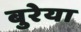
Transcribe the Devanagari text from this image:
बुरेया